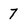
Character: 7